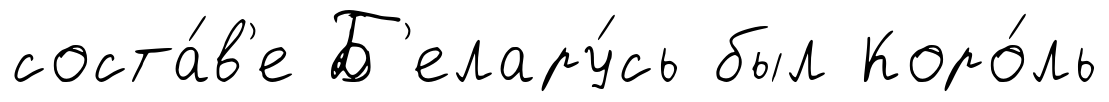
соста́в'е Б'елару́сь был Коро́ль